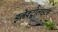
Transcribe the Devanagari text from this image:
इलेक्ट्रोलाइटस